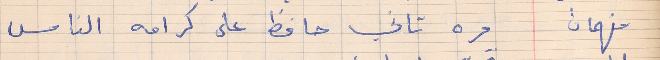
فهمان    مره تاني حافظ على كرامه الناس